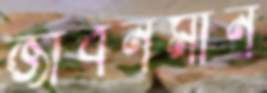
জীবনমান